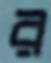
র